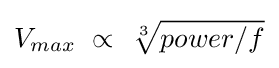
V_{max}\ \propto \ {\sqrt[{3}]{power/f}}